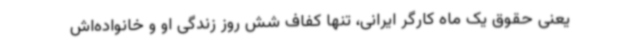
یعنی حقوق یک ماه کارگر ایرانی، تنها کفاف شش روز زندگی او و خانواده‌اش